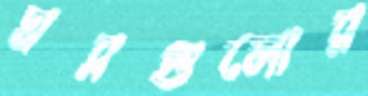
ঘরগুলোর